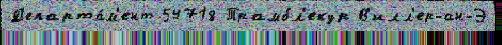
Д'епарта́м'ент 54718 Трамбл'екур В'илл'ер-ан-Э